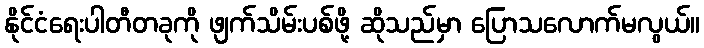
နိုင်ငံရေးပါတီတခုကို ဖျက်သိမ်းပစ်ဖို့ ဆိုသည်မှာ ပြောသလောက်မလွယ်။